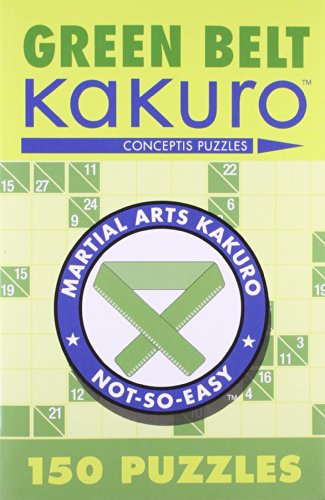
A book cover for Green Belt KakuroEE¢: 150 Puzzles (Martial Arts Puzzles Series); Conceptis Puzzles; Humor & Entertainment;